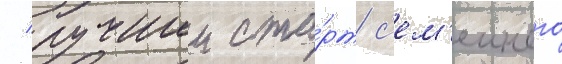
/ лучшии ста́рт с'ем'еиного